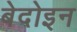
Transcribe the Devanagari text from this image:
बेदोइन